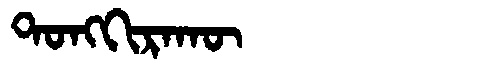
Manchu: ᡨᠣᠩᡴᡳᡵᠠᡴᡡ
Romanization: TONGKIRAKŪ